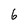
Character: 6